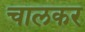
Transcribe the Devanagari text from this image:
चालकर